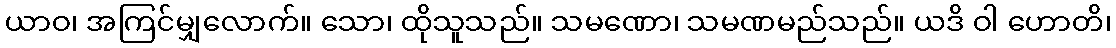
ယာဝ၊ အကြင်မျှလောက်။ သော၊ ထိုသူသည်။ သမဏော၊ သမဏမည်သည်။ ယဒိ ဝါ ဟောတိ၊